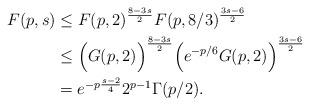
LaTeX: \begin{align*}F(p,s) &\leq F(p, 2)^{\frac{8-3s}{2}}F(p, 8/3)^{\frac{3s-6}{2}} \\&\leq \Big(G(p,2)\Big)^{\frac{8-3s}{2}}\Big(e^{-p/6}G(p,2)\Big)^{\frac{3s-6}{2}} \\&= e^{-p\frac{s-2}{4}}2^{p-1}\Gamma(p/2).\end{align*}